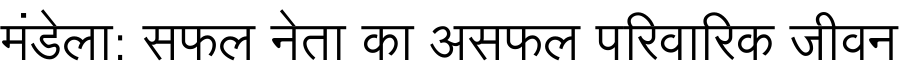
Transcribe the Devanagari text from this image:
मंडेला: सफल नेता का असफल परिवारिक जीवन